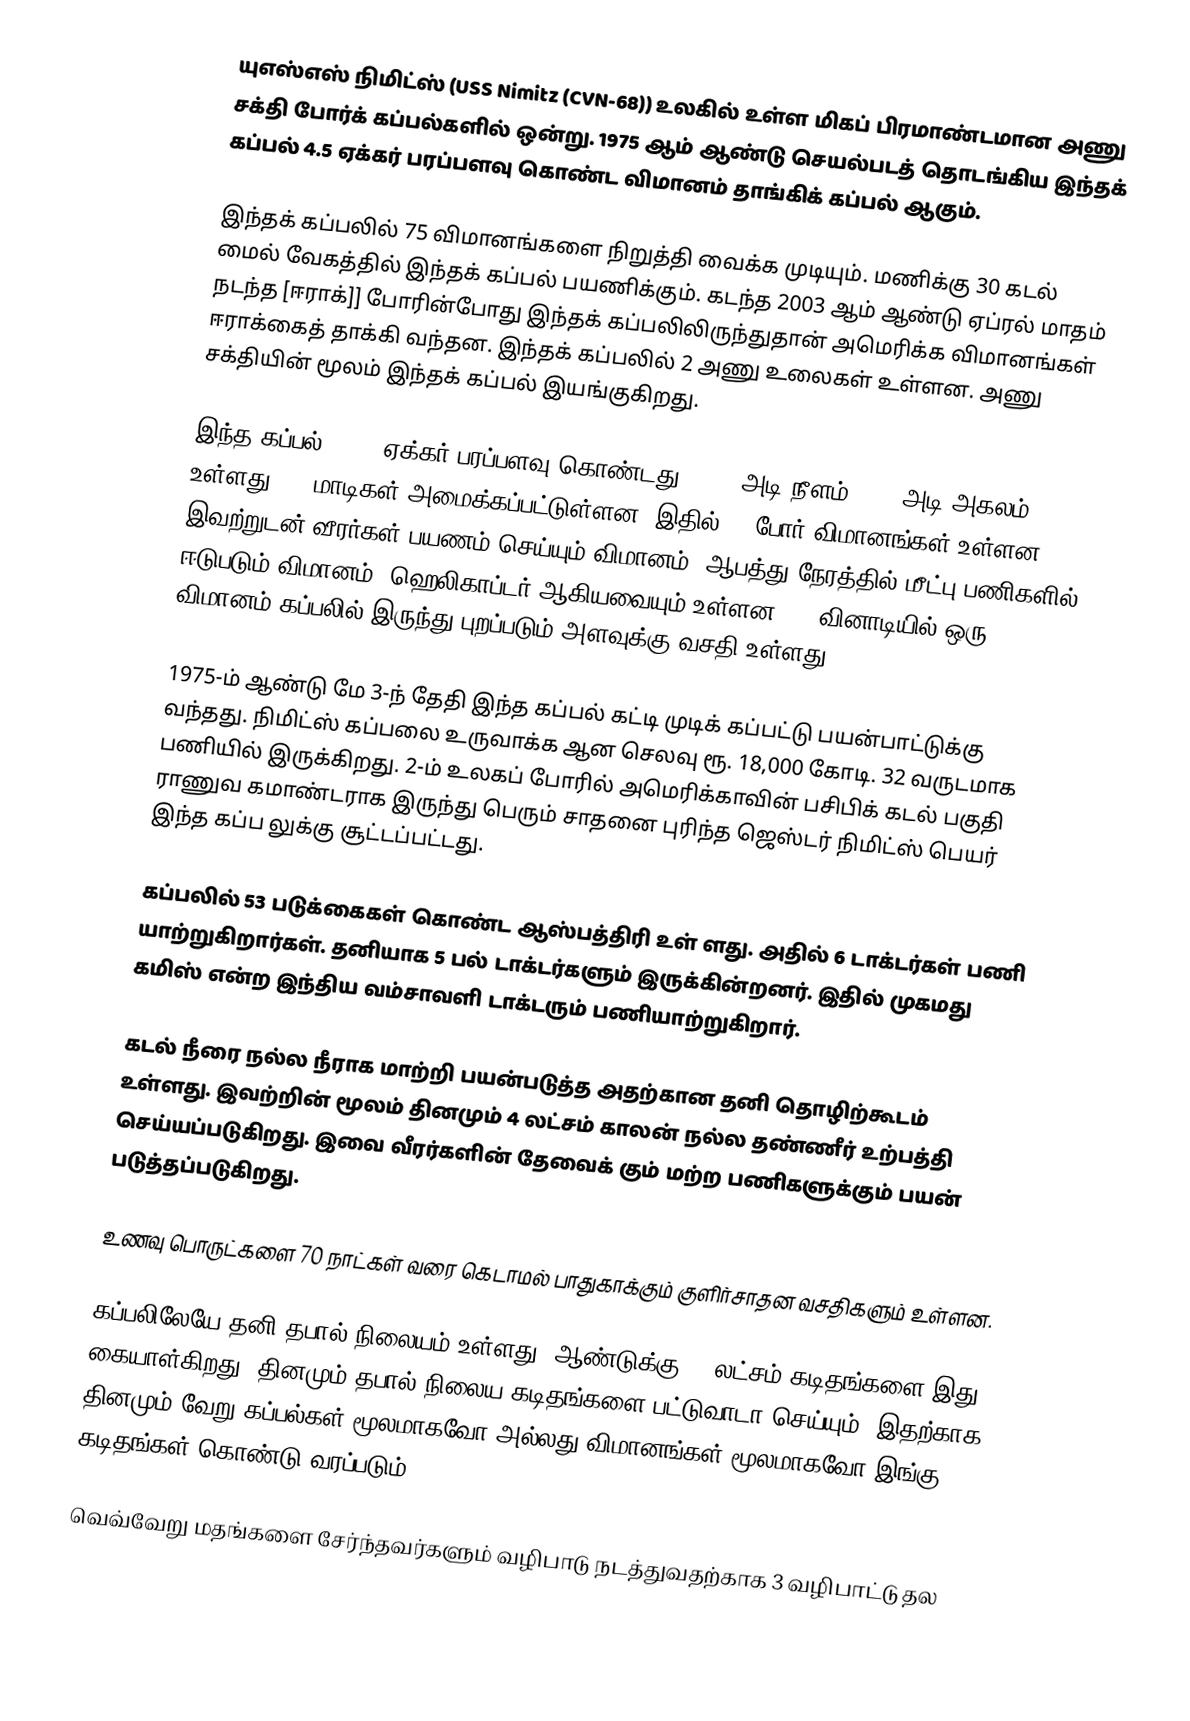
யுஎஸ்எஸ் நிமிட்ஸ் (USS Nimitz (CVN-68)) உலகில் உள்ள மிகப் பிரமாண்டமான அணு சக்தி போர்க் கப்பல்களில் ஒன்று. 1975 ஆம் ஆண்டு செயல்படத் தொடங்கிய இந்தக் கப்பல் 4.5 ஏக்கர் பரப்பளவு கொண்ட விமானம் தாங்கிக் கப்பல் ஆகும்.

இந்தக் கப்பலில் 75 விமானங்களை நிறுத்தி வைக்க முடியும். மணிக்கு 30 கடல் மைல் வேகத்தில் இந்தக் கப்பல் பயணிக்கும். கடந்த 2003 ஆம் ஆண்டு ஏப்ரல் மாதம் நடந்த [ஈராக்]] போரின்போது இந்தக் கப்பலிலிருந்துதான் அமெரிக்க விமானங்கள் ஈராக்கைத் தாக்கி வந்தன. இந்தக் கப்பலில் 2 அணு உலைகள் உள்ளன. அணு சக்தியின் மூலம் இந்தக் கப்பல் இயங்குகிறது.

இந்த கப்பல் 4 1/2 ஏக்கர் பரப்பளவு கொண்டது. 1092 அடி நீளம், 252 அடி அகலம் உள்ளது. 23 மாடிகள் அமைக்கப்பட்டுள்ளன. இதில் 65 போர் விமானங்கள் உள்ளன. இவற்றுடன் வீரர்கள் பயணம் செய்யும் விமானம், ஆபத்து நேரத்தில் மீட்பு பணிகளில் ஈடுபடும் விமானம், ஹெலிகாப்டர் ஆகியவையும் உள்ளன. 30 வினாடியில் ஒரு விமானம் கப்பலில் இருந்து புறப்படும் அளவுக்கு வசதி உள்ளது.

1975-ம் ஆண்டு மே 3-ந் தேதி இந்த கப்பல் கட்டி முடிக் கப்பட்டு பயன்பாட்டுக்கு வந்தது. நிமிட்ஸ் கப்பலை உருவாக்க ஆன செலவு ரூ. 18,000 கோடி. 32 வருடமாக பணியில் இருக்கிறது. 2-ம் உலகப் போரில் அமெரிக்காவின் பசிபிக் கடல் பகுதி ராணுவ கமாண்டராக இருந்து பெரும் சாதனை புரிந்த ஜெஸ்டர் நிமிட்ஸ் பெயர் இந்த கப்ப லுக்கு சூட்டப்பட்டது.

கப்பலில் 53 படுக்கைகள் கொண்ட ஆஸ்பத்திரி உள் ளது. அதில் 6 டாக்டர்கள் பணி யாற்றுகிறார்கள். தனியாக 5 பல் டாக்டர்களும் இருக்கின்றனர். இதில் முகமது கமிஸ் என்ற இந்திய வம்சாவளி டாக்டரும் பணியாற்றுகிறார்.

கடல் நீரை நல்ல நீராக மாற்றி பயன்படுத்த அதற்கான தனி தொழிற்கூடம் உள்ளது. இவற்றின் மூலம் தினமும் 4 லட்சம் காலன் நல்ல தண்ணீர் உற்பத்தி செய்யப்படுகிறது. இவை வீரர்களின் தேவைக் கும் மற்ற பணிகளுக்கும் பயன் படுத்தப்படுகிறது.

உணவு பொருட்களை 70 நாட்கள் வரை கெடாமல் பாதுகாக்கும் குளிர்சாதன வசதிகளும் உள்ளன.

கப்பலிலேயே தனி தபால் நிலையம் உள்ளது. ஆண்டுக்கு 10 லட்சம் கடிதங்களை இது கையாள்கிறது. தினமும் தபால் நிலைய கடிதங்களை பட்டுவாடா செய்யும். இதற்காக தினமும் வேறு கப்பல்கள் மூலமாகவோ அல்லது விமானங்கள் மூலமாகவோ இங்கு கடிதங்கள் கொண்டு வரப்படும்.

வெவ்வேறு மதங்களை சேர்ந்தவர்களும் வழிபாடு நடத்துவதற்காக 3 வழிபாட்டு தல